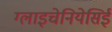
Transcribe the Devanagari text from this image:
ग्लाइचेनियेसिई